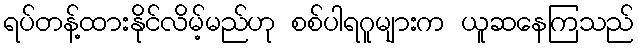
ရပ်တန့်ထားနိုင်လိမ့်မည်ဟု စစ်ပါရဂူများက ယူဆနေကြသည်